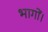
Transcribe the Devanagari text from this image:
भागों।